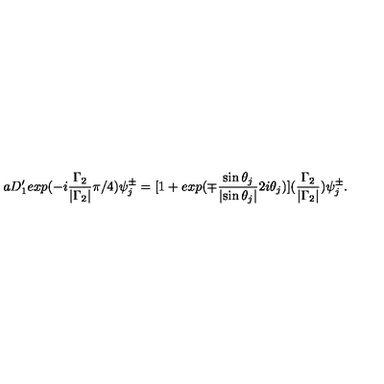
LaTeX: a D _ { 1 } ^ { \prime } e x p ( - i \frac { { \Gamma } _ { 2 } } { | { \Gamma } _ { 2 } | } { \pi } / 4 ) { \psi } _ { j } ^ { \pm } = [ 1 + e x p ( { \mp } \frac { \sin { \theta } _ { j } } { | { \sin \theta } _ { j } | } 2 i { \theta } _ { j } ) ] ( \frac { { \Gamma } _ { 2 } } { | { \Gamma } _ { 2 } | } ) { \psi } _ { j } ^ { \pm } .